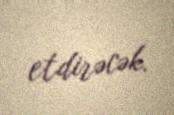
etdirəcək.